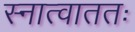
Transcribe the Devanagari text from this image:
स्नात्वाततः